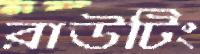
রাউটিং